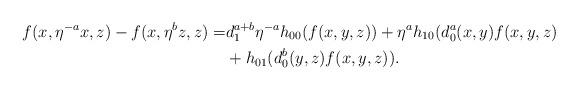
LaTeX: \begin{align*}f(x,\eta^{-a}x, z) -f(x, \eta^b z, z)=& d^{a+b}_1 \eta^{-a} h_{00}(f(x,y,z)) + \eta^{a}h_{10}(d^a_0(x,y)f(x,y,z)\\ &+ h_{01}(d^b_{0}(y,z)f(x,y,z)).\end{align*}